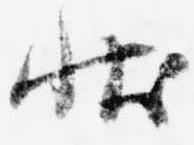
状